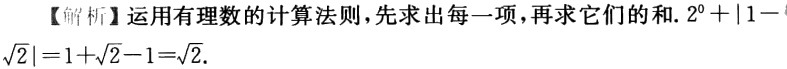
【解析】运用有理数的计算法则，先求出每一项，再求它们的和. \(2^{0}+|1 - \sqrt{2}| = 1+\sqrt{2}-1=\sqrt{2}\).